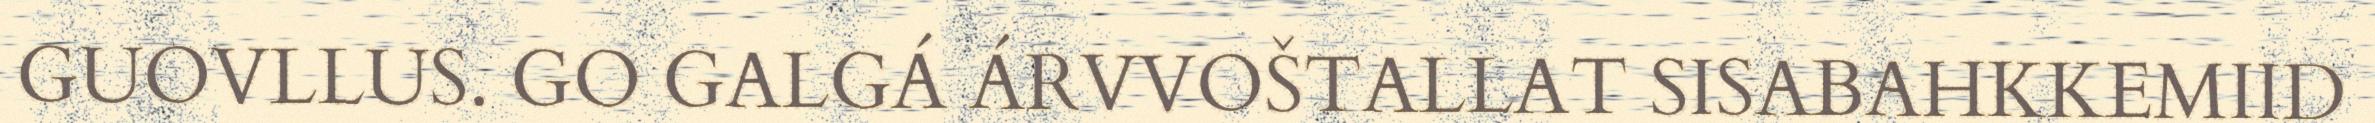
GUOVLLUS. GO GALGÁ ÁRVVOŠTALLAT SISABAHKKEMIID